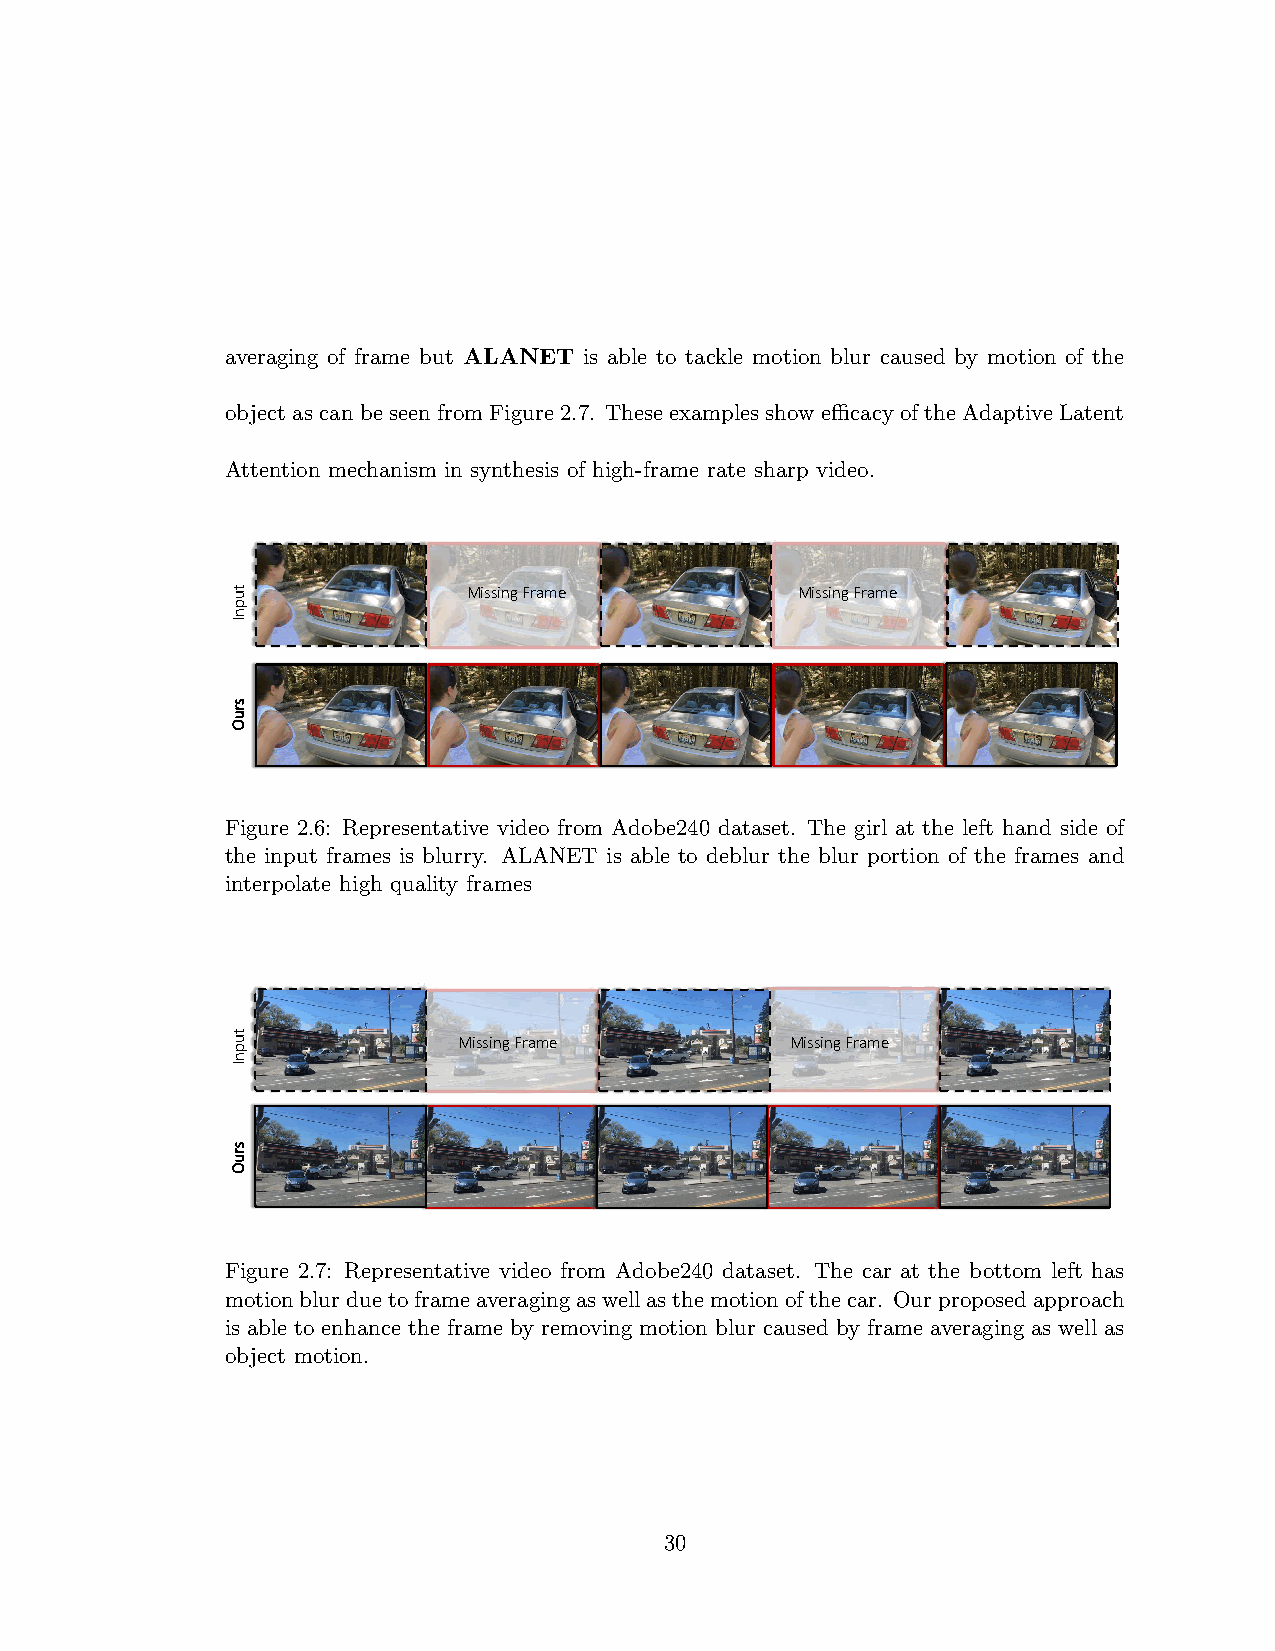
averaging of frame but ALANET is able to tackle motion blur caused by motion of the
 object as can be seen from Figure 2.7. These examples show efficacy of the Adaptive Latent
 Attention mechanism in synthesis of high-frame rate sharp video.
 tu              Missing Frame         Missing Frame
 p
 n
 I
 s
 ru
 O
 Figure 2.6: Representative video from Adobe240 dataset. The girl at the left hand side of
 the input frames is blurry. ALANET is able to deblur the blur portion of the frames and
 interpolate high quality frames
 tu
 Missing Frame         Missing Frame
 p
 n
 I
 s
 ru
 O
 Figure 2.7: Representative video from Adobe240 dataset. The car at the bottom left has
 motionblurduetoframeaveragingaswellasthemotionofthecar. Ourproposedapproach
 is able to enhance the frame by removing motion blur caused by frame averaging as well as
 object motion.
 30